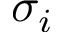
\sigma _ { i }